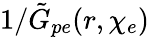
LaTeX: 1/\tilde{G}_{pe}(r,\chi_{e})